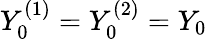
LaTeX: Y_{0}^{\mathrm{(1)}}=Y_{0}^{\mathrm{(2)}}=Y_{0}